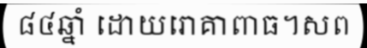
៨៤ឆ្នាំ ដោយរោគាពាធ។សព